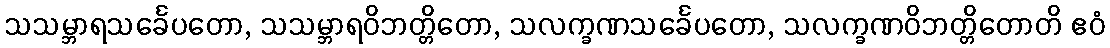
သသမ္ဘာရသင်္ခေပတော, သသမ္ဘာရဝိဘတ္တိတော, သလက္ခဏသင်္ခေပတော, သလက္ခဏဝိဘတ္တိတောတိ ဧဝံ